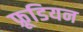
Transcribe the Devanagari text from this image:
फ्रूडियन